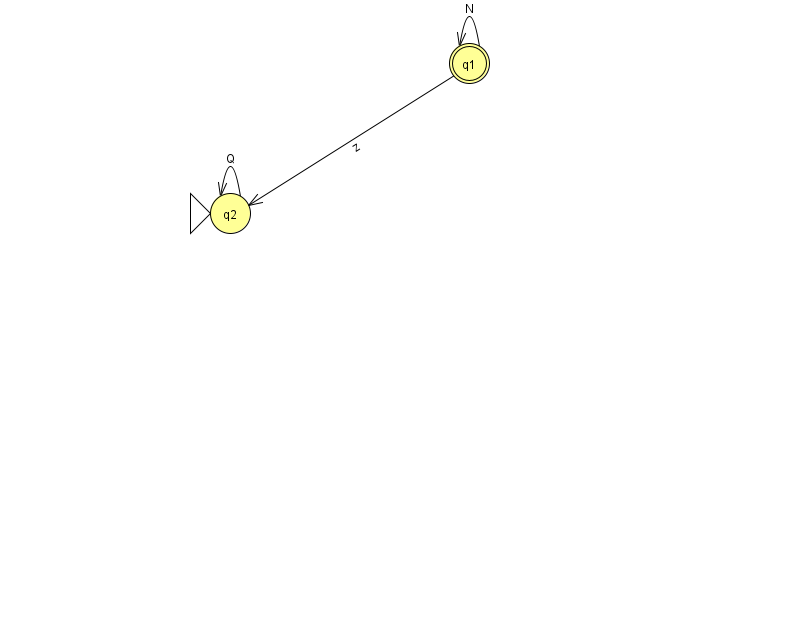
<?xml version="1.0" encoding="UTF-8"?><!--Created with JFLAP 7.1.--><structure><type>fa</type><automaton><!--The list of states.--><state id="1" name="q1"><x>469.0</x><y>50.0</y><final/></state><state id="2" name="q2"><x>230.0</x><y>200.0</y><initial/></state><!--The list of transitions.--><transition><from>2</from><to>2</to><read>Q</read></transition><transition><from>1</from><to>2</to><read>z</read></transition><transition><from>1</from><to>1</to><read>N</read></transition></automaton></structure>